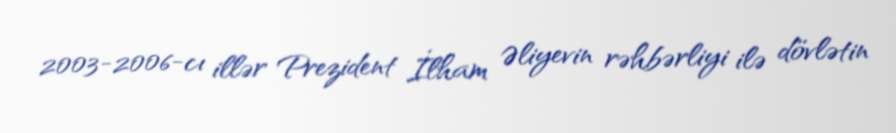
2003-2006-cı illər Prezident İlham Əliyevin rəhbərliyi ilə dövlətin